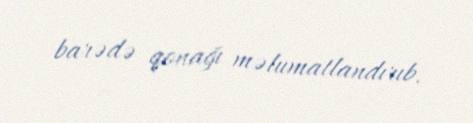
barədə qonağı məlumatlandırıb.